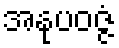
အနုပဝဇ္ဇံ